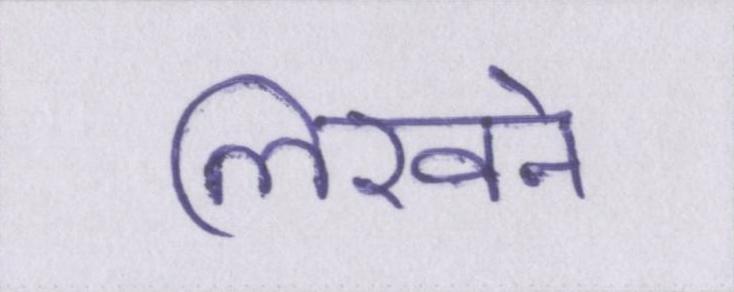
लिखने